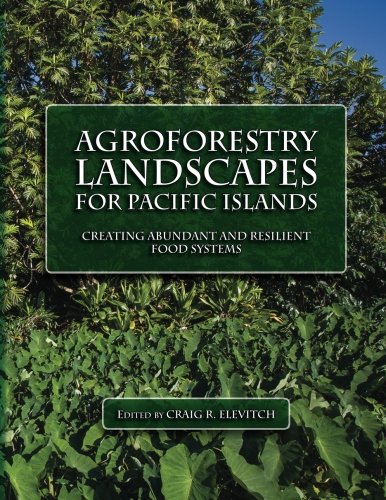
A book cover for Agroforestry Landscapes for Pacific Islands: Creating abundant and resilient food systems; Craig R. Elevitch; Crafts, Hobbies & Home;